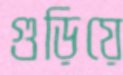
গুড়িয়ে